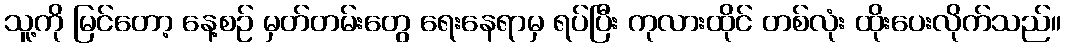
သူ့ကို မြင်တော့ နေ့စဉ် မှတ်တမ်းတွေ ရေးနေရာမှ ရပ်ပြီး ကုလားထိုင် တစ်လုံး ထိုးပေးလိုက်သည်။